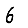
Digit: 6